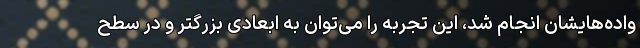
واده‌هایشان انجام شد، این تجربه را می‌توان به ابعادی بزرگتر و در سطح